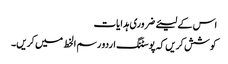
اس کے لیئے ضروری ہدایات
کوشش کریں کہ پوسٹنگ اردو رسم الخط میں کریں۔